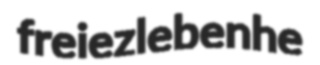
freiezlebenhe